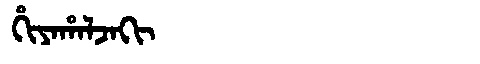
Manchu: ᡥᡳᠶᠠᡥᠠᠯᠵᠠᡴᡳ
Romanization: HIYAHALJAKI